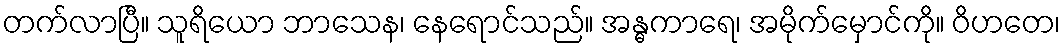
တက်လာပြီ။ သူရိယော ဘာသေန၊ နေရောင်သည်။ အန္ဓကာရေ၊ အမိုက်မှောင်ကို။ ဝိဟတေ၊